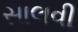
સાલવી